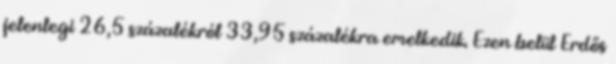
jelenlegi 26,5 százalékról 33,95 százalékra emelkedik. Ezen belül Erdős